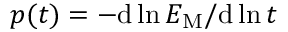
p ( t ) = - \mathrm { d } { } \ln { \cal E } _ { \mathrm { M } } / \mathrm { d } { } \ln t